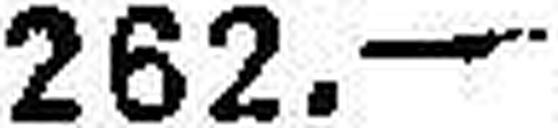
262.—